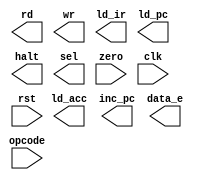
/*****************************************************************************
 * This is an Explicit State Machine model of the Sequence Contoller - 
 * Verilog Training Course ("VeriRisc CPU" lab).
 * 
 * This model uses sequential logic (a state counter) to generate the 
 * control lines used in the VeriRisc CPU design. 
 ****************************************************************************/

`timescale 1ns / 1ns
module control(rd, wr, ld_ir, ld_acc, ld_pc, inc_pc, halt, data_e, sel,
               opcode, zero, clk, rst);

  output       rd, wr, ld_ir, ld_acc, ld_pc, inc_pc, halt, data_e, sel;
  input [2:0]  opcode;
  input        zero, clk, rst;

  













endmodule